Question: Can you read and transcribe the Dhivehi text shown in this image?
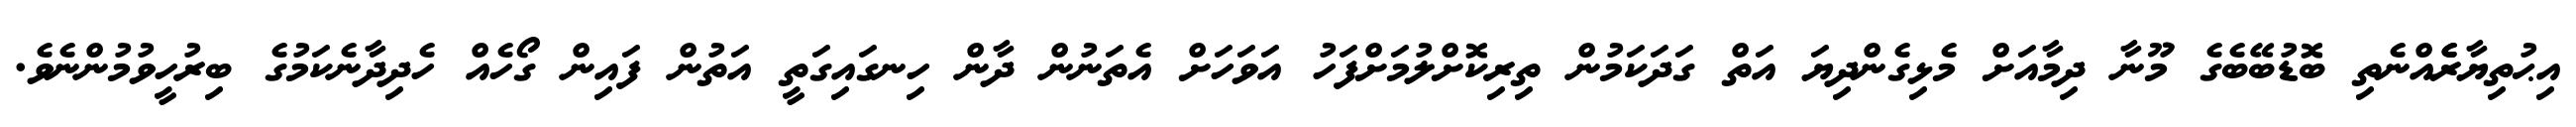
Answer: އިޙުތިޔާރެެއްނެތި ބޮޑުބޭބެގެ މޫނާ ދިމާއަށް މެޅިގެންދިޔަ އަތް ގަދަކަމުން ތިރިކޮށްލުމަށްފަހު އަވަހަށް އެތަނުން ދާން ހިނގައިގަތީ އަތުން ފައިން ގޯހެއް ހެދިދާނެކަމުގެ ބިރުހީވުމުންނެވެ.